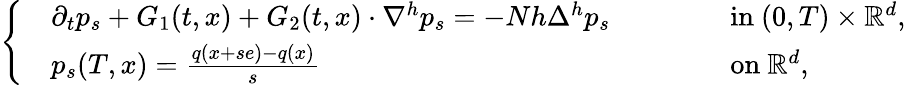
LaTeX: \left\{ \begin{array}{rlrl}&{\partial_{t}p_{s}+G_{1}(t,x)+G_{2}(t,x)\cdot\nabla^{h}p_{s}=-Nh\Delta^{h}p_{s}\qquad}&&{\mathrm{~in~}(0,T)\times{\mathbb{R}}^{d},}\\ &{p_{s}(T,x)=\frac{q(x+se)-q(x)}{s}\qquad}&&{\mathrm{~on~}{\mathbb{R}}^{d},}\end{array}\right.